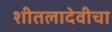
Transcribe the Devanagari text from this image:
शीतलादेवीचा